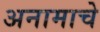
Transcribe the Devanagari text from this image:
अनामाचे